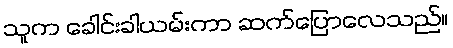
သူက ခေါင်းခါယမ်းကာ ဆက်ပြောလေသည်။